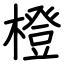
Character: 橙